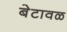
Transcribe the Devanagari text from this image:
बेटावळ